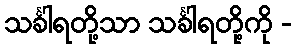
သင်္ခါရတို့သာ သင်္ခါရတို့ကို -